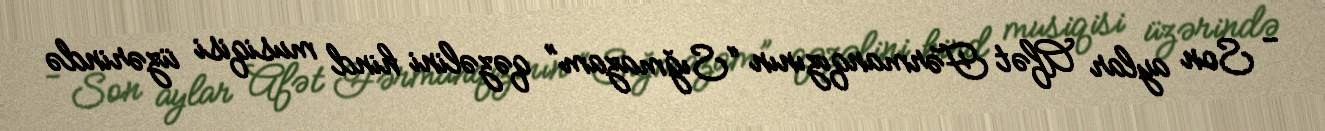
- Son aylar Afət Fərmanqızının “Sığmazam” qəzəlini hind musiqisi üzərində